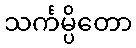
သင်္ကမ္ပိတော